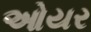
ઓયર